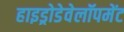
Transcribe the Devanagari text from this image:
हाइड्रोडेवेलॉपमेंट